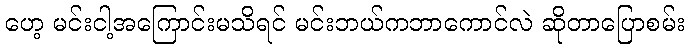
ဟေ့ မင်းငါ့အကြောင်းမသိရင် မင်းဘယ်ကဘာကောင်လဲ ဆိုတာပြောစမ်း